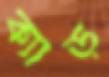
ক্যাড়